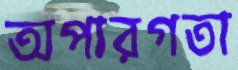
অপারগতা